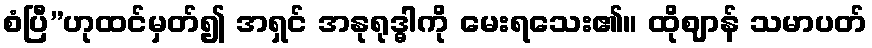
စံပြီ”ဟုထင်မှတ်၍ အရှင် အနုရုဒ္ဓါကို မေးရသေး၏။ ထိုဈာန် သမာပတ်